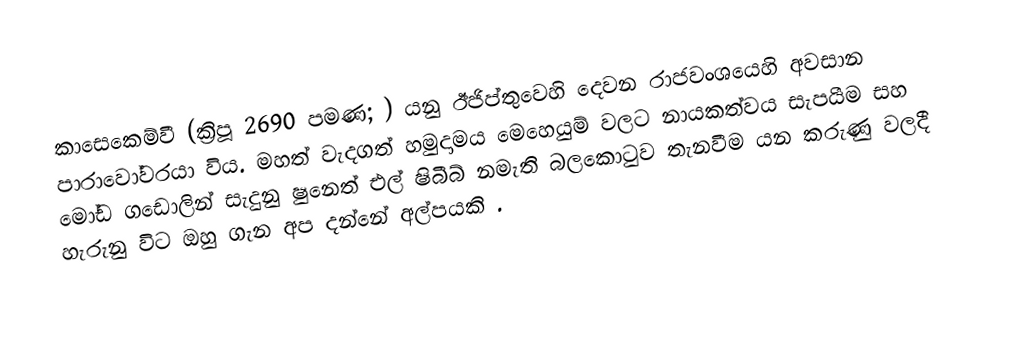
කාසෙකෙම්වී (ක්‍රිපූ 2690 පමණ; ) යනු   ඊජිප්තුවෙහි දෙවන රාජවංශයෙහි අවසාන පාරාවෝවරයා විය. මහත් වැදගත් හමුදාමය මෙහෙයුම් වලට නායකත්වය සැපයීම සහ මෝඩ ගඩොලින් සැදුනු ෂුනෙත් එල් ෂිබීබ් නමැති බලකොටුව තැනවීම යන කරුණු වලදී හැරුනු විට ඔහු ගැන අප දන්නේ අල්පයකි .